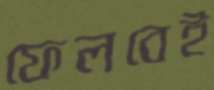
ফেলবেই